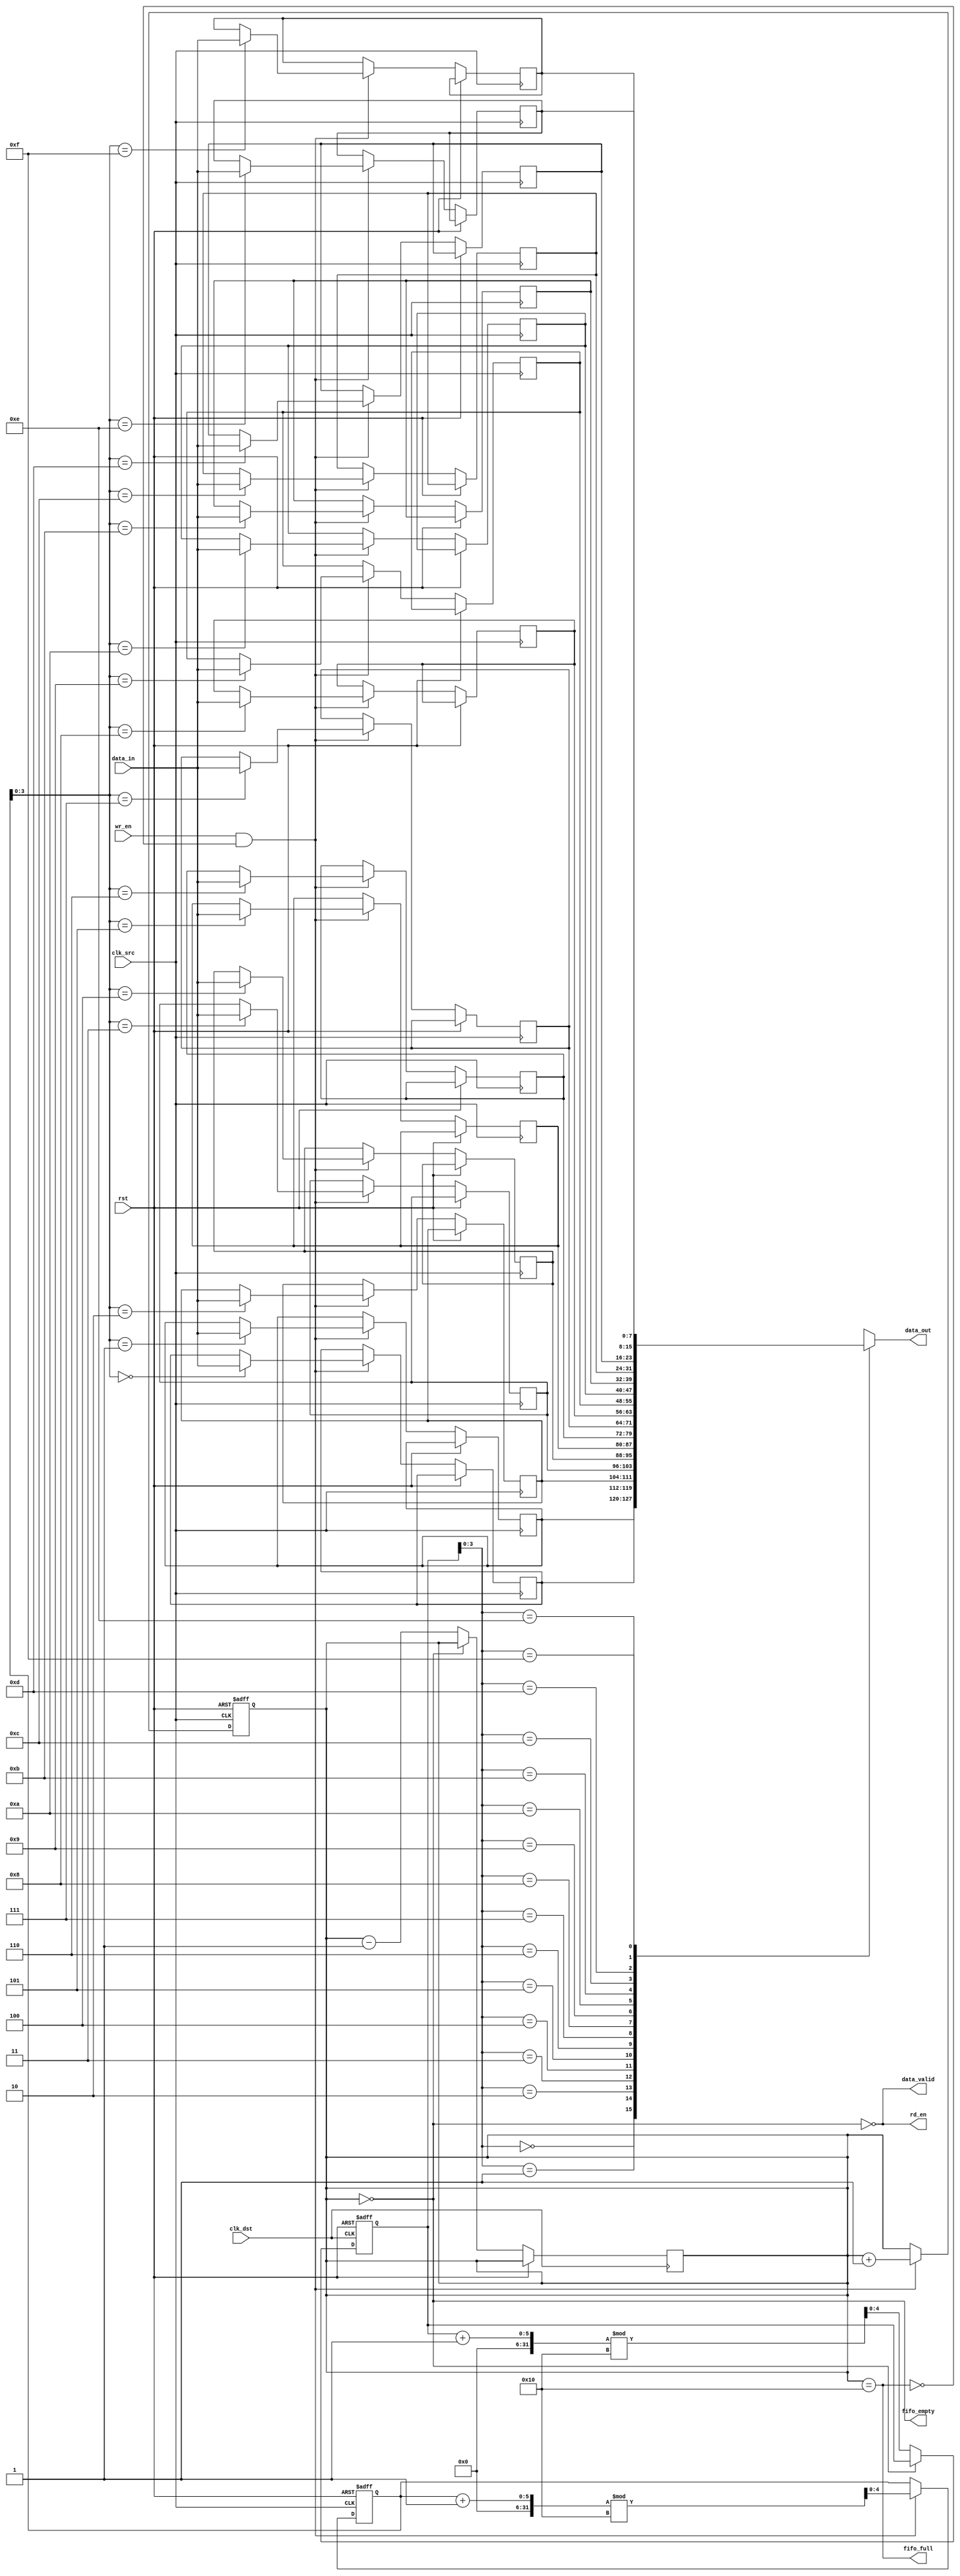
module fifo_synchronizer #(
    parameter DATA_WIDTH = 8, // Data width of FIFO
    parameter FIFO_DEPTH = 16  // Depth of FIFO
) (
    input wire clk_src,          // Source clock
    input wire clk_dst,          // Destination clock
    input wire rst,              // Reset signal
    input wire wr_en,            // Write enable signal
    input wire [DATA_WIDTH-1:0] data_in, // Input data to be written
    output wire rd_en,           // Read enable signal
    output wire [DATA_WIDTH-1:0] data_out, // Output data read from FIFO
    output wire fifo_full,       // FIFO full flag
    output wire fifo_empty,      // FIFO empty flag
    output wire data_valid       // Data valid flag
);

    reg [DATA_WIDTH-1:0] fifo_mem [0:FIFO_DEPTH-1]; // FIFO memory array
    reg [4:0] w_ptr;            // Write pointer
    reg [4:0] r_ptr;            // Read pointer
    reg [4:0] count;            // Counter to keep track of how many items are in the FIFO

    // Write Operation
    always @(posedge clk_src or posedge rst) begin
        if (rst) begin
            w_ptr <= 0;
            count <= 0;
        end else if (wr_en && !fifo_full) begin
            fifo_mem[w_ptr] <= data_in; // Write data to FIFO
            w_ptr <= (w_ptr + 1) % FIFO_DEPTH; // Increment write pointer
            count <= count + 1; // Increment item count
        end
    end

    // Read Operation
    always @(posedge clk_dst or posedge rst) begin
        if (rst) begin
            r_ptr <= 0;
        end else if (rd_en && !fifo_empty) begin
            r_ptr <= (r_ptr + 1) % FIFO_DEPTH; // Increment read pointer
            count <= count - 1; // Decrement item count
        end
    end

    // FIFO full and empty flags
    assign fifo_full = (count == FIFO_DEPTH);
    assign fifo_empty = (count == 0);

    // Valid data signal
    assign data_valid = !fifo_empty;

    // Data output
    assign data_out = fifo_mem[r_ptr];

    // Read enable signal logic
    assign rd_en = data_valid; // Read enabled when data is valid

endmodule